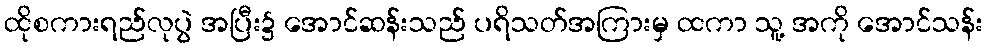
ထိုစကားရည်လုပွဲ အပြီး၌ အောင်ဆန်းသည် ပရိသတ်အကြားမှ ထကာ သူ့ အကို အောင်သန်း